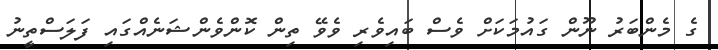
ގެ މެންބަރު ނޫން ގައުމަކަށް ވެސް ބައިވެރި ވެވޭ ތިން ކޮންވެންޝަނެއްގައި ފަލަސްތީނު